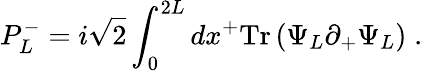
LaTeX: P_{L}^{-}={i\sqrt{2}}\int_{0}^{2L}dx^{+}\mathrm{Tr}\left(\Psi_{L}\partial_{+}\Psi_{L}\right)\; .